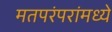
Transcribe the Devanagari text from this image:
मतपरंपरांमध्ये